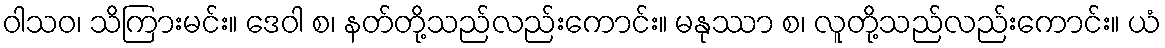
ဝါသဝ၊ သိကြားမင်း။ ဒေဝါ စ၊ နတ်တို့သည်လည်းကောင်း။ မနုဿာ စ၊ လူတို့သည်လည်းကောင်း။ ယံ